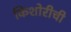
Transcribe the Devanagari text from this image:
किशोरीची